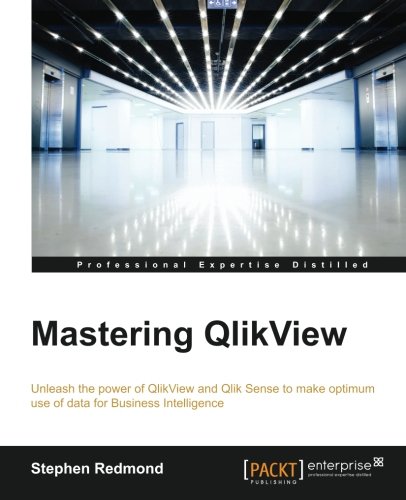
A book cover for Mastering QlikView; Stephen Redmond; Computers & Technology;